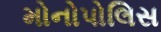
મોનોપોલિસ